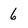
Character: 6